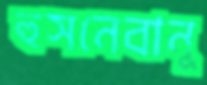
হুসনেবানু